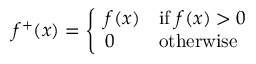
f ^ { + } ( x ) = \left\{ { \begin{array} { l l } { f ( x ) } & { { \mathrm { i f ~ } } f ( x ) > 0 } \\ { 0 } & { { \mathrm { o t h e r w i s e } } } \end{array} } \right.